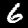
Label: 6